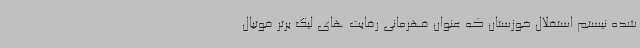
شده نیستم استقلال خوزستان که عنوان قهرمانی رقابت های لیگ برتر فوتبال